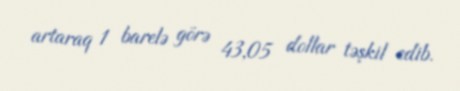
artaraq 1 barelə görə 43,05 dollar təşkil edib.